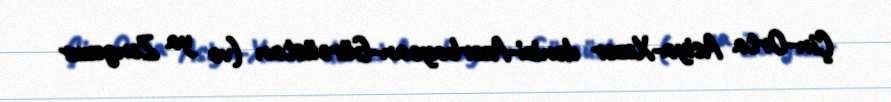
Çin-Orta Asiya-Xəzər dənizi-Azərbaycan-Gürcüstan (və ya Zəngəzur